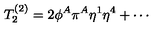
T _ { 2 } ^ { ( 2 ) } = 2 \phi ^ { A } \pi ^ { A } \eta ^ { 1 } \eta ^ { 4 } + \cdots